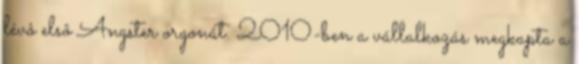
lévô elsô Angster orgonát. 2010-ben a vállalkozás megkapta a